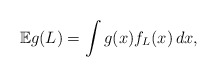
\begin{align*}\mathbb{E} g(L) = \int g(x) f_{L}(x) \, dx,\end{align*}